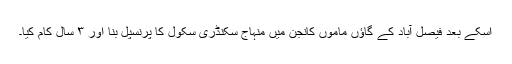
اسکے بعد فیصل آباد کے گاؤں ماموں کانجن میں منہاج سکنڈری سکول کا پرنسپل بنا اور ۳ سال کام کیا۔